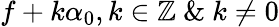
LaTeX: f+k\alpha_{0},k\in\mathbb{Z}\ \& \ k\ne 0